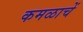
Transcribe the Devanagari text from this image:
कमळाचें